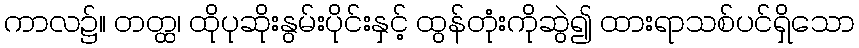
ကာလ၌။ တတ္ထ၊ ထိုပုဆိုးနွမ်းပိုင်းနှင့် ထွန်တုံးကိုဆွဲ၍ ထားရာသစ်ပင်ရှိသော